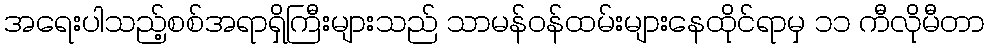
အရေးပါသည့်စစ်အရာရှိကြီးများသည် သာမန်ဝန်ထမ်းများနေထိုင်ရာမှ ၁၁ ကီလိုမီတာ